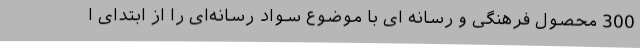
300 محصول فرهنگی و رسانه ای با موضوع سواد رسانه‌ای را از ابتدای ا